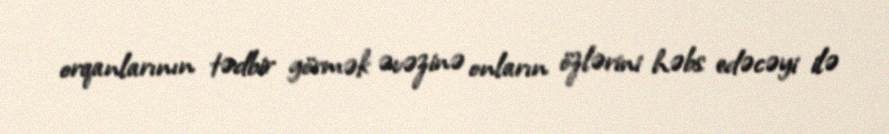
orqanlarının tədbir görmək əvəzinə onların özlərini həbs edəcəyi ilə